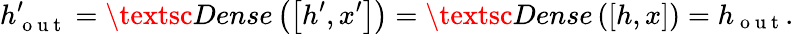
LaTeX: h_{\mathrm{~o~u~t~}}^{\prime}=\textsc{Dense}\left(\left[h^{\prime},x^{\prime}\right]\right)=\textsc{Dense}\left(\left[h,x\right]\right)=h_{\mathrm{~o~u~t~}}.